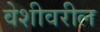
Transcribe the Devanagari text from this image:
वेशीवरील